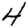
Digit: 4